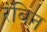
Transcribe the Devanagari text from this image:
रंबिन